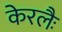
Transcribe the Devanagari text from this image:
केरलैः